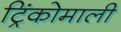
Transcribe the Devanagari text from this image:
ट्रिंकोमाली